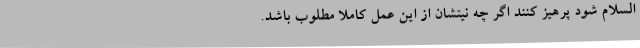
السلام شود پرهیز کنند اگر چه نیتشان از این عمل کاملاً مطلوب باشد.